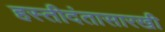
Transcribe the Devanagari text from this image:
हस्तीदंतासारखी